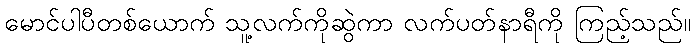
မောင်ပါပီတစ်ယောက် သူ့လက်ကိုဆွဲကာ လက်ပတ်နာရီကို ကြည့်သည်။